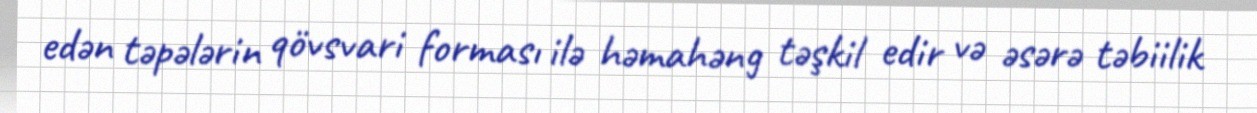
edən təpələrin qövsvari forması ilə həmahəng təşkil edir və əsərə təbiilik